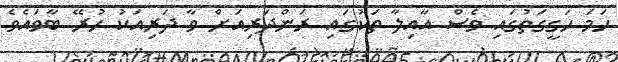
ހަމަ ހަގީގަތުގައި ވެސް އާއިލާ ތަކުގައި ރަންދަރިއަށް ވާ ދަރިއަކު ހުރޭ ބާވައެވެ